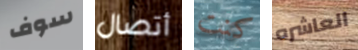
سوف أتصال كنت العاشره